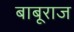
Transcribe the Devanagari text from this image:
बाबूराज